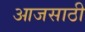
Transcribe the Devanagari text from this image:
आजसाठी